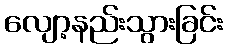
လျော့နည်းသွားခြင်း